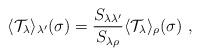
LaTeX: \begin{align*}\langle\mathcal{T}_{\lambda}\rangle_{\lambda^{\prime}}(\sigma)=\frac{S_{\lambda\lambda^{\prime}}}{S_{\lambda\rho}}\langle\mathcal{T}_{\lambda}\rangle_{\rho}(\sigma)\ ,\end{align*}